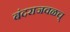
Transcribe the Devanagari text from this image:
बंदराजवळच्